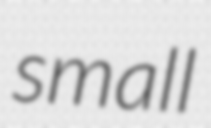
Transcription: small